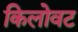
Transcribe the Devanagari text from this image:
किलोवट